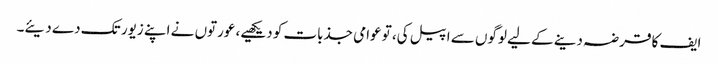
ایف کا قرضہ دینے کے لیے لوگوں سے اپیل کی، تو عوامی جذبات کو دیکھیے، عورتوں نے اپنے زیور تک دے دیئے۔